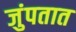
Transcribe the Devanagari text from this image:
जुंपतात